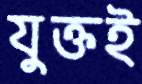
যুক্তই